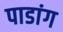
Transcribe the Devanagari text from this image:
पाडांग